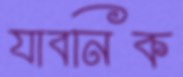
যাবনিক